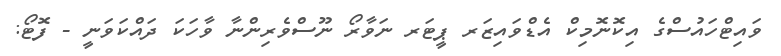
ވައިޓްހައުސްގެ އިކޮނޮމިކް އެޑްވައިޒަރ ޕީޓަރ ނަވާރޯ ނޫސްވެރިންނާ ވާހަކަ ދައްކަވަނީ - ފޮޓޯ: